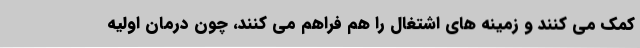
کمک می کنند و زمینه های اشتغال را هم فراهم می کنند، چون درمان اولیه